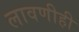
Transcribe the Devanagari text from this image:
लावणीही